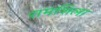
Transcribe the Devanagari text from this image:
रामशिला